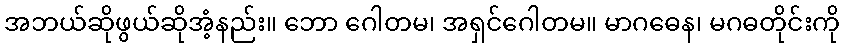
အဘယ်ဆိုဖွယ်ဆိုအံ့နည်း။ ဘော ဂေါတမ၊ အရှင်ဂေါတမ။ မာဂဓေန၊ မဂဓတိုင်းကို